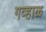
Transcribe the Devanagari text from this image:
गव्हाळ